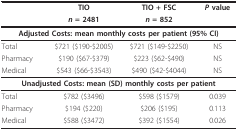
|  | TIO | TIO + FSC | P value |
 |  | n = 2481 | n = 852 |  |
 | --- | --- | --- | --- |
 | <COLSPAN=4> Adjusted Costs: mean monthly costs per patient (95% CI) |
 | Total | $721 ($190-$2005) | $721 ($149-$2250) | NS |
 | Pharmacy | $190 ($67-$379) | $223 ($62-$490) | NS |
 | Medical | $543 ($66-$3543) | $490 ($42-$4044) | NS |
 | <COLSPAN=4> Unadjusted Costs: mean (SD) monthly costs per patient |
 | Total | $782 ($3496) | $598 ($1579) | 0.039 |
 | Pharmacy | $194 ($220) | $206 ($195) | 0.113 |
 | Medical | $588 ($3472) | $392 ($1554) | 0.026 |